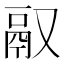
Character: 𬴲